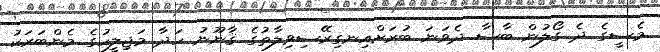
މެސީގެ ދެ ގޯލުން ބާސާ ދެވަނަ ބުރަށްއިނގިރޭސިވިލާތުގެ ޤާނޫނު ހަދާ މަޖިލީހުގެ މެންބަރަކު